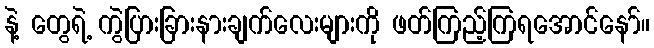
နဲ့ တွေရဲ့ ကွဲပြားခြားနားချက်လေးများကို ဖတ်ကြည့်ကြရအောင်နော်။